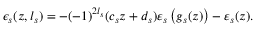
\epsilon _ { s } ( z , l _ { s } ) = - ( - 1 ) ^ { 2 l _ { s } } ( c _ { s } z + d _ { s } ) \varepsilon _ { s } \left( g _ { s } ( z ) \right) - \varepsilon _ { s } ( z ) .